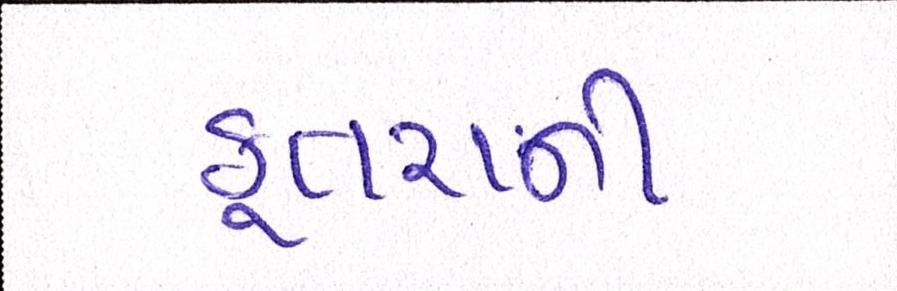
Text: કૂતરાની